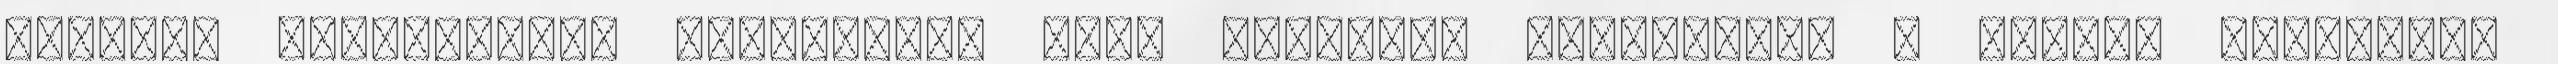
elveket maximálisan figyelembe véve végezzük munkánkat. A magyar rendőrség